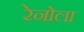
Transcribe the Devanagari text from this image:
रेनोला